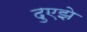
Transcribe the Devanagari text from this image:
दुएझे